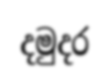
දමුදර